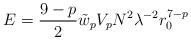
LaTeX: \begin{align*} E = \frac{9-p}{2} \tilde{w}_p V_p N^2 \lambda^{-2}r_0^{7-p}\end{align*}